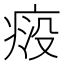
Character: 𬏱